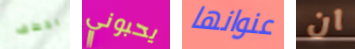
بخطف يحبوني عنوانها ان